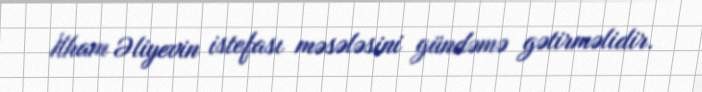
İlham Əliyevin istefası məsələsini gündəmə gətirməlidir.